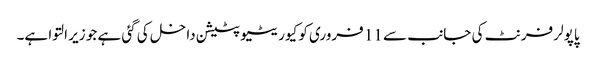
پاپولر فرنٹ کی جانب سے 11 فروری کو کیوریٹیو پٹیشن داخل کی گئی ہے جو زیر التوا ہے۔